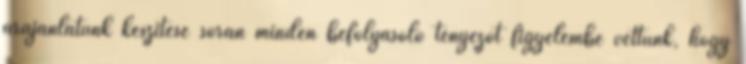
árajánlatunk készítese során minden befolyásoló tényezőt figyelembe vettünk, hogy